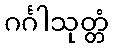
ဂင်္ဂါသုတ္တံ